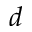
d